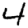
Digit: 4